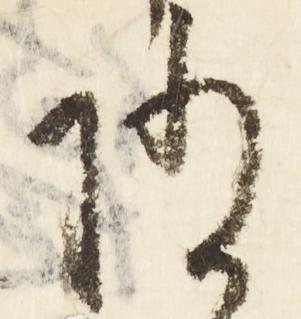
随